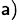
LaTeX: ^{\mathsf{a})}